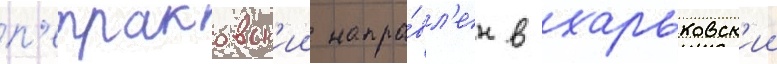
п'етраковск'ии напра́вл'ен в харьковск'ии